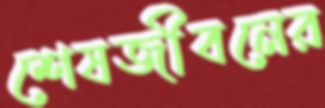
শেষজীবনের